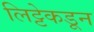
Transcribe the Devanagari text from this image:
लिट्टेकडून